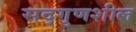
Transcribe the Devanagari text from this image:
सद्गुणशील